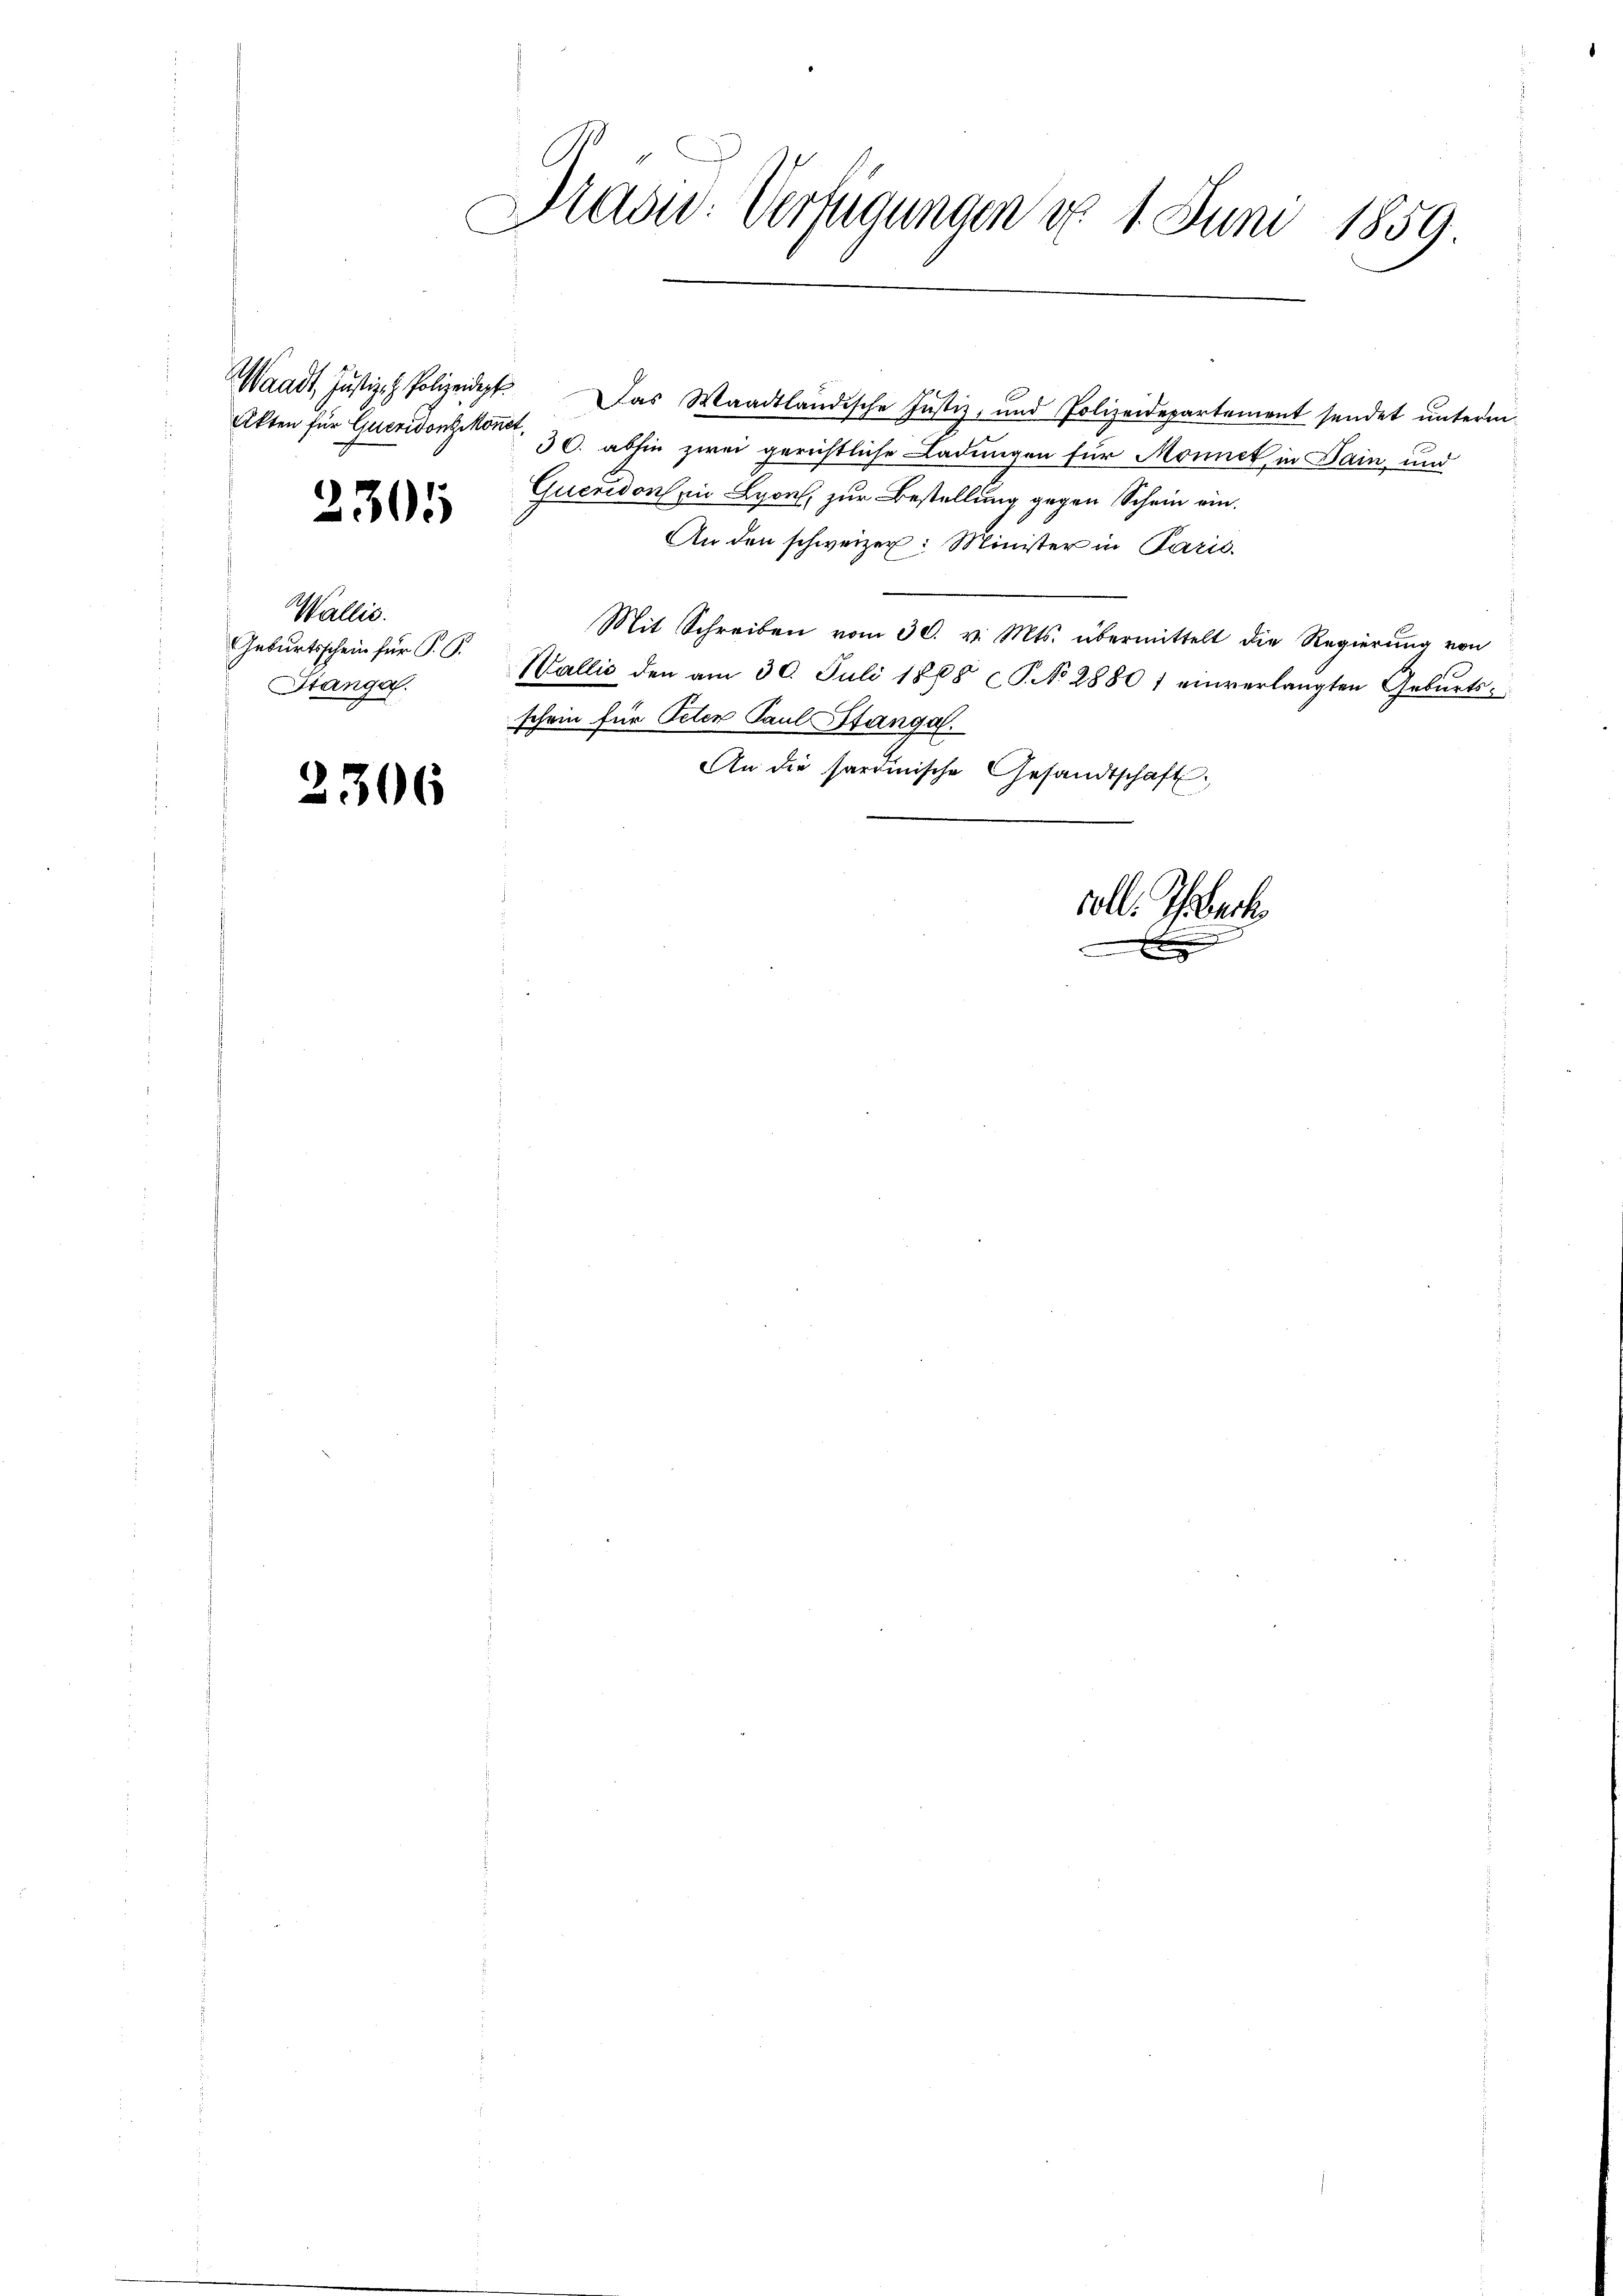
2305

Wallis.
Geburtsschein für P. G.
Stanga

2306

Haow: Verfügungen d. 1. Juni 1859.
d

Quendon in Lyon, zur Bestellung gegen Schein ein.
An den schweizer: Minister in Paris.
Mit Schreiben vom 30. v. Mts. übermittelt die Regierung von
Wallis den am 30. Juli 1888 CG. No 2880 1 einverlangten Gebŭrts-
schein für Peten Paul Stangal.
An die sardinische Gesandtschaft.
oll. Ehebach

Waadt, Justiz- & Polizeidept. Das Waadtländische Justiz, und Polizeidepartement sendet unterm
Akten für Gucridorschon 30. abhin zwei gerichtliche Ladungen für Monnet in Dain, und

x